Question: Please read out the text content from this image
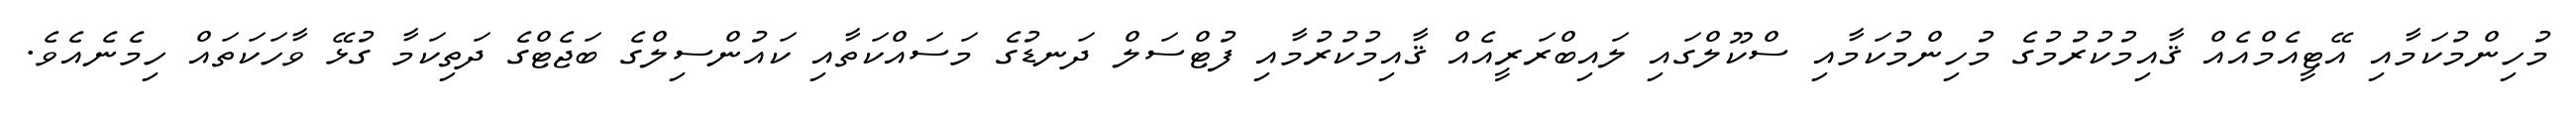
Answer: މުހިންމުކަމާއި އޭޓީއެމްއެއް ޤާއިމުކުރުމުގެ މުހިންމުކަމާއި ސްކޫލްގައި ލައިބްރަރީއެއް ޤާއިމުކުރުމާއި ފުޓްސަލް ދަނޑުގެ މަސައްކަތާއި ކައުންސިލްގެ ބަޖެޓްގެ ދަތިކަމާ ގުޅޭ ވާހަކަތައް ހިމެނެއެވެ.